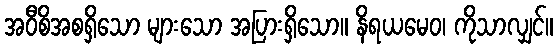
အဝီစိအစရှိသော များသော အပြားရှိသော။ နိရယမေဝ၊ ကိုသာလျှင်။